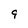
Character: 9